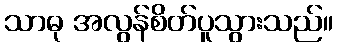
သာဓု အလွန်စိတ်ပူသွားသည်။